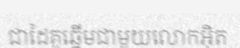
ជាដៃគូឆ្នើមជាមួយលោកអ៊ិត